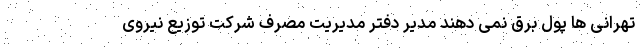
تهرانی ها پول برق نمی دهند مدیر دفتر مدیریت مصرف شرکت توزیع نیروی